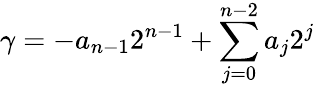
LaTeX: \gamma=-a_{n-1}2^{n-1}+\sum_{j=0}^{n-2}a_{j}2^{j}